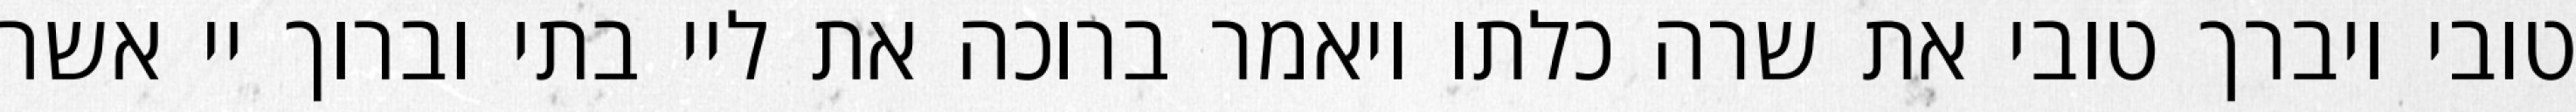
טובי ויברך טובי את שרה כלתו ויאמר ברוכה את ליי בתי וברוך יי אשר